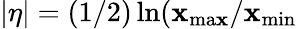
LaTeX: |\eta|=(1/2)\ln(\mathbf{x}_{\mathrm{{ma\mathbf{x}}}}/\mathbf{x}_{\mathrm{{min}}}